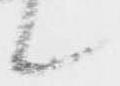
候